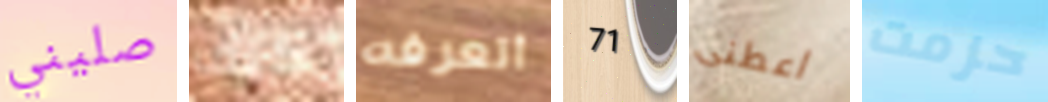
صليني كيف أتعرفه 71 اعطنى حزمت